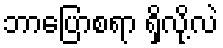
ဘာပြောစရာ ရှိလို့လဲ